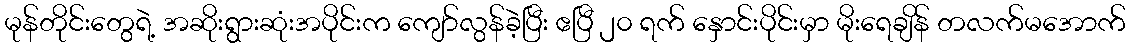
မုန်တိုင်းတွေရဲ့ အဆိုးရွားဆုံးအပိုင်းက ကျော်လွန်ခဲ့ပြီး ဧပြီ ၂၀ ရက် နှောင်းပိုင်းမှာ မိုးရေချိန် တလက်မအောက်